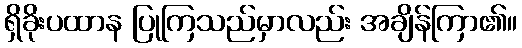
ရှိခိုးပထာန ပြုကြသည်မှာလည်း အချိန်ကြာ၏။